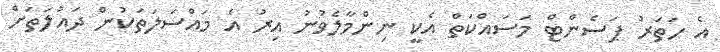
އެ ހަތަރު ޕަސެންޓް މަސައްކަތް އެކީ ނިންމާލެވުނު އިރު އެ މައްސަލަތަކުން ދައުލަތަށް